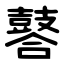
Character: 䶀